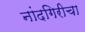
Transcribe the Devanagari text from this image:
नांदगिरीचा